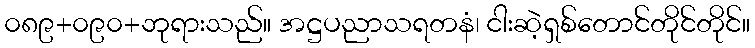
၀၈၉+၀၉၀+ဘုရားသည်။ အဋ္ဌပညာသရတနံ၊ ငါးဆဲ့ရှစ်တောင်တိုင်တိုင်။